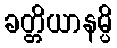
ခတ္တိယာနမ္ပိ